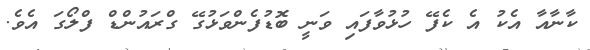
ކާނާއާ އެކު އެ ކެފޭ ހުޅުވާފައި ވަނީ ބޮޑުފެންވަޅުގޭ ގްރައުންޑް ފްލޯގަ އެވެ.